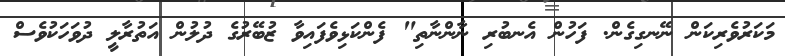
މަކަރުވެރިކަން ނޭނގިގެން. ފަހުން އެނބުރި ނާންނާތި" ފެންކަޅިވެފައިވާ ޒުބޭރުގެ ދުލުން އަތުރާލީ ދުވަހަކުވެސް